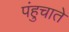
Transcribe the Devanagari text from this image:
पंहुचाते